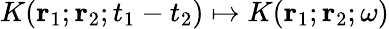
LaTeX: K({\mathbf r}_{1};{\mathbf r}_{2};t_{1}-t_{2})\mapsto K({\mathbf r}_{1};{\mathbf r}_{2};\omega)